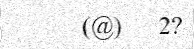
(@)   2?